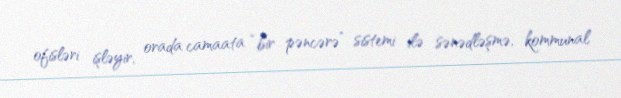
ofisləri işləyir, orada camaata “bir pəncərə” sistemi ilə sənədləşmə, kommunal